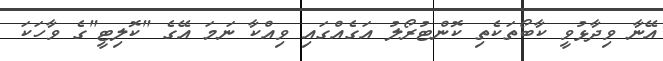
އޭނާ ވިދާޅުވީ ކާބޯތަކެތި ކޮންޓުރޯލު އަގެއްގައި ވިއްކާ ނަމަ އޭގެ "ކޮލިޓީ"ގެ ވާހަކަ